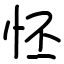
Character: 怌